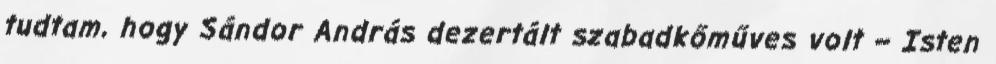
tudtam, hogy Sándor András dezertált sza­badkőműves volt – Isten